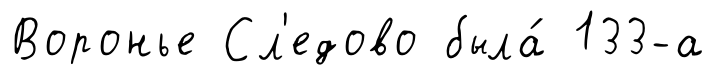
Воронье Сл'едово была́ 133-а